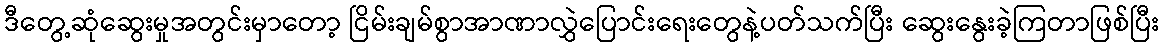
ဒီတွေ့ဆုံဆွေးမှုအတွင်းမှာတော့ ငြိမ်းချမ်စွာအာဏာလွှဲပြောင်းရေးတွေနဲ့ပတ်သက်ပြီး ဆွေးနွေးခဲ့ကြတာဖြစ်ပြီး